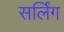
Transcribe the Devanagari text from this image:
सर्लिंग